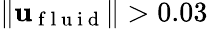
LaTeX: \| \mathbf{u}_{\mathrm{~f~l~u~i~d~}}\| >0.03